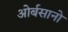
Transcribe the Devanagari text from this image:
ओर्बसानो